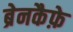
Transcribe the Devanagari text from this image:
ब्रेनकैफ़े